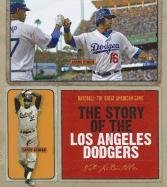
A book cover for The Story of the Los Angeles Dodgers (Baseball: the Great American Game); Nate Leboutillier; Teen & Young Adult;